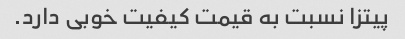
پیتزا نسبت به قیمت کیفیت خوبی دارد.